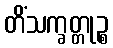
တိံသက္ခတ္တုဉ္စ